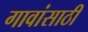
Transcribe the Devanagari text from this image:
गावांसाठी